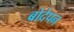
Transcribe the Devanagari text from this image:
बोदेपन